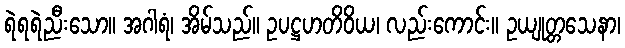
ရဲရရဲညီးသော။ အဂါရံ၊ အိမ်သည်။ ဥပဋ္ဌဟတိဝိယ၊ လည်းကောင်း။ ဥယျုတ္တသေနာ၊